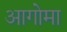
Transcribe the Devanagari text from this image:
आगोमा